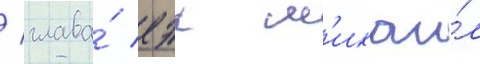
/ глава́ еэк м'ихаи́л